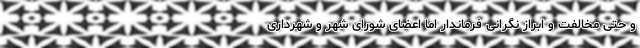
و حتی مخالفت و ابراز نگرانی فرماندار اما اعضای شورای شهر و شهرداری